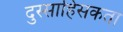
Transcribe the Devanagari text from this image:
दुस्साहिसकता